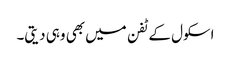
اسکول کے ٹفن میں بھی وہی دیتی۔